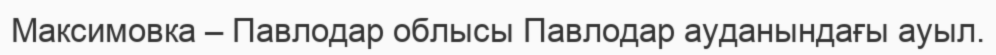
Максимовка – Павлодар облысы Павлодар ауданындағы ауыл.